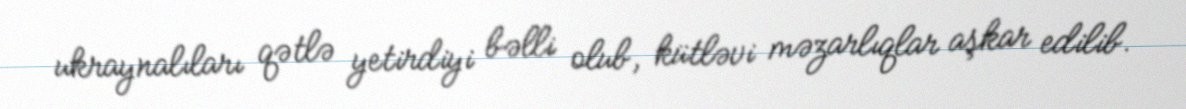
ukraynalıları qətlə yetirdiyi bəlli olub, kütləvi məzarlıqlar aşkar edilib.